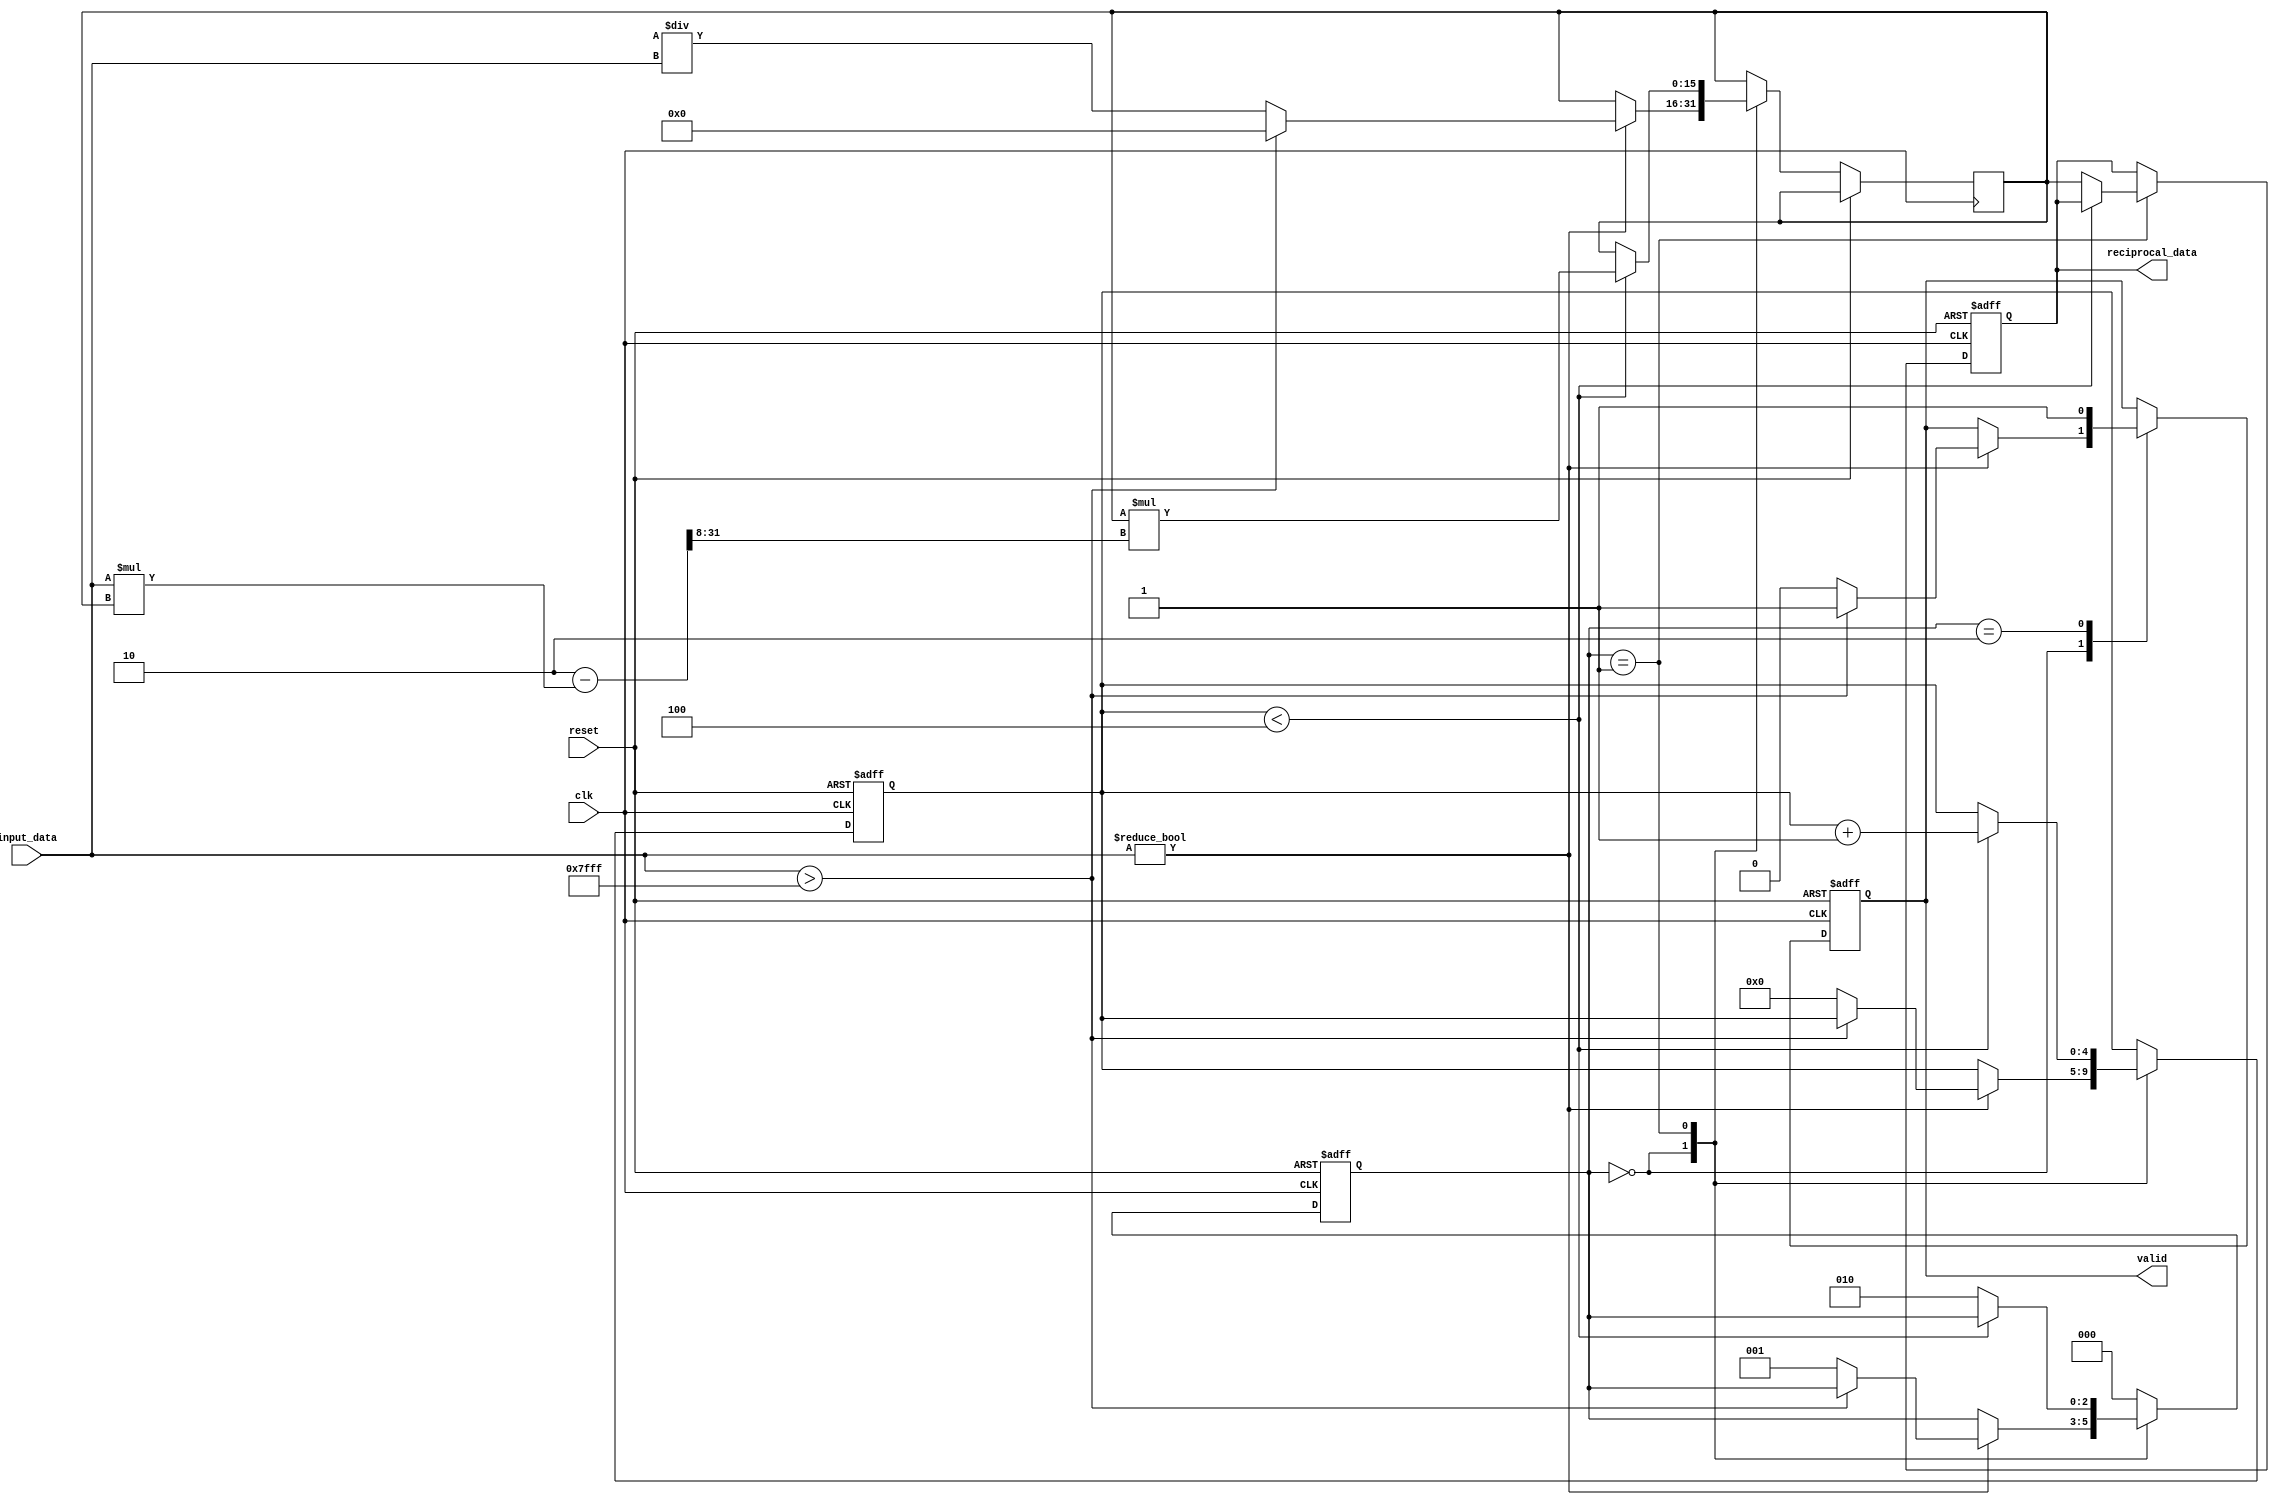
module fixed_point_reciprocal (
    input wire signed [15:0] input_data, // 1 sign bit, 7 integer bits, 8 fractional bits
    input wire clk,
    input wire reset,
    output reg signed [15:0] reciprocal_data, // Output in the same fixed-point format
    output reg valid
);

    reg signed [15:0] x; // Current approximation
    reg signed [15:0] y; // Next approximation
    reg [2:0] state;     // FSM state
    reg [4:0] count;     // Iteration counter
    parameter IDLE = 3'b000, CALC = 3'b001, DONE = 3'b010;

    // Define constants for the iterative calculation
    localparam ONE = 16'h0001; // Representation of 1 in fixed-point
    localparam MAX_VAL = 16'h7FFF; // Max positive value in signed fixed-point
    localparam MIN_VAL = 16'h8000; // Min negative value in signed fixed-point

    always @(posedge clk or posedge reset) begin
        if (reset) begin
            state <= IDLE;
            valid <= 0;
            reciprocal_data <= 0;
            count <= 0;
        end else begin
            case (state)
                IDLE: begin
                    if (input_data != 0) begin
                        x <= input_data; // Start approximation with input
                        // Initial guess for reciprocal (1/input_data)
                        if (input_data > MAX_VAL) begin
                            y <= 0; // Handle edge case
                            valid <= 1;
                        end else begin
                            y <= (ONE << 16) / input_data; // Initial approximation
                            state <= CALC;
                            count <= 0;
                            valid <= 0;
                        end
                    end
                end

                CALC: begin
                    // Newton-Raphson iteration: y = y * (2 - x * y)
                    // Update y based on the approximation
                    if (count < 4) begin // Perform a fixed number of iterations
                        y <= y * (2 - input_data * y[15:0] >> 8); // Shift right to match fixed point
                        count <= count + 1;
                    end else begin
                        reciprocal_data <= y; // Final result
                        state <= DONE;
                    end
                end

                DONE: begin
                    valid <= 1; // Indicate that the calculation is complete.
                    state <= IDLE; // Reset state to IDLE for next input
                end

                default: state <= IDLE; // Safety catch
            endcase
        end
    end

endmodule